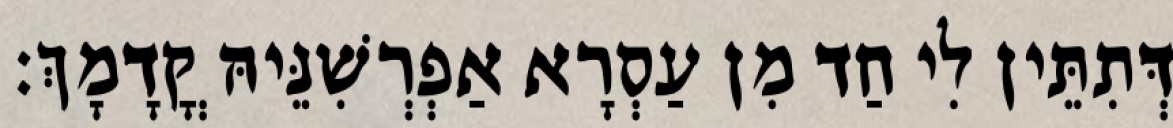
דְּתִתֵּין לִי חַד מִן עַסְרָא אַפְרְשִׁנֵּיהּ קֳדָמָךְ׃